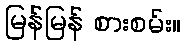
မြန်မြန် စားစမ်း။